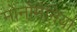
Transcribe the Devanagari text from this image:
मोनोमैनिया